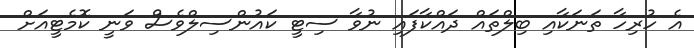
އެ ހުރިހާ ތަނަކާއި ބިލްތައް ދައްކާފައި ނުވާ ސިޓީ ކައުންސިލްވެސް ވަނީ ކޮމެޓީއަށް